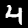
Digit: 4